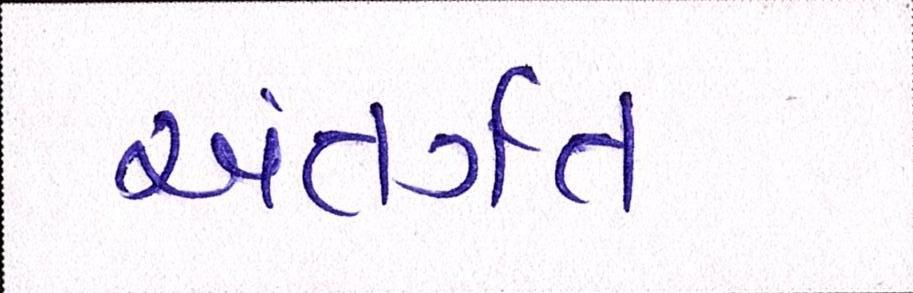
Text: અંતગૅત